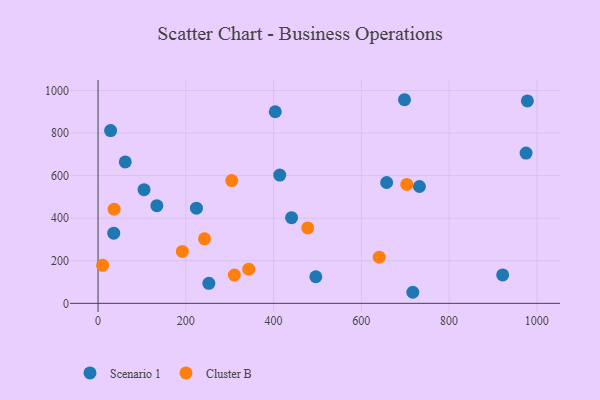
{"axis": {"x": "Ad Spend", "y": "Fuel Efficiency"}, "legend": ["Cluster B", "Scenario 1"], "data": [{"x": "35.7", "y": 329.8, "type": "Scenario 1"}, {"x": "414.1", "y": 602.8, "type": "Scenario 1"}, {"x": "62.0", "y": 664.6, "type": "Scenario 1"}, {"x": "657.7", "y": 567.8, "type": "Scenario 1"}, {"x": "496.3", "y": 124.9, "type": "Scenario 1"}, {"x": "441.0", "y": 402.3, "type": "Scenario 1"}, {"x": "403.8", "y": 900.2, "type": "Scenario 1"}, {"x": "224.2", "y": 447.1, "type": "Scenario 1"}, {"x": "134.0", "y": 458.9, "type": "Scenario 1"}, {"x": "922.1", "y": 133.4, "type": "Scenario 1"}, {"x": "28.6", "y": 811.7, "type": "Scenario 1"}, {"x": "732.4", "y": 549.0, "type": "Scenario 1"}, {"x": "978.4", "y": 951.0, "type": "Scenario 1"}, {"x": "252.5", "y": 94.0, "type": "Scenario 1"}, {"x": "717.3", "y": 52.0, "type": "Scenario 1"}, {"x": "698.4", "y": 956.7, "type": "Scenario 1"}, {"x": "104.8", "y": 534.0, "type": "Scenario 1"}, {"x": "975.4", "y": 706.0, "type": "Scenario 1"}, {"x": "477.8", "y": 354.2, "type": "Cluster B"}, {"x": "310.7", "y": 132.7, "type": "Cluster B"}, {"x": "242.6", "y": 303.2, "type": "Cluster B"}, {"x": "10.4", "y": 178.5, "type": "Cluster B"}, {"x": "192.1", "y": 243.7, "type": "Cluster B"}, {"x": "36.6", "y": 442.6, "type": "Cluster B"}, {"x": "703.6", "y": 558.7, "type": "Cluster B"}, {"x": "640.9", "y": 217.1, "type": "Cluster B"}, {"x": "304.7", "y": 576.6, "type": "Cluster B"}, {"x": "343.4", "y": 160.5, "type": "Cluster B"}]}